Civil Veterinary Dept. Bombay admin report 1932-41 - 1932-1941
Year: 1932
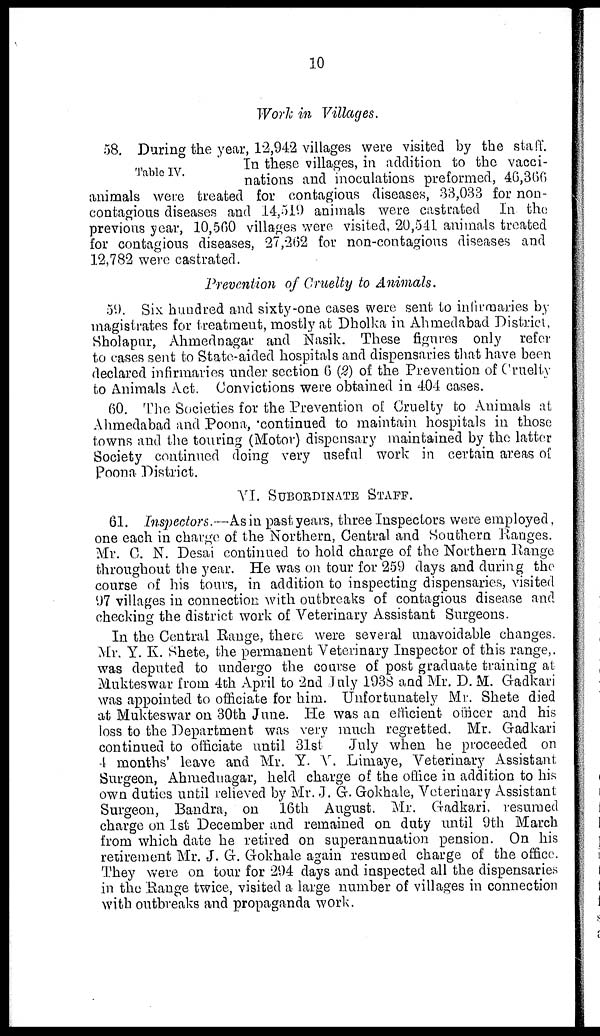
10
Work in Villages.
Table IV.
58. During the year, 12,942 villages were visited by the staff.
In these villages, in addition to the vacci-
nations and inoculations preformed, 46,366
animals were treated for contagious diseases, 33,033 for non-
contagious diseases and 14,519 animals were castrated In the
previous year, 10,560 villages were visited, 20,541 animals treated
for contagious diseases, 27,262 for non-contagious diseases and
12,782 were castrated.
Prevention of Cruelty to Animals.
59. Six hundred and sixty-one cases were sent to infirmaries by
magistrates for treatment, mostly at Dholka in Ahmedabad District,
Sholapur, Ahmednagar and Nasik. These figures only refer
to cases sent to State-aided hospitals and dispensaries that have been
declared infirmaries under section 6 (2) of the Prevention of Cruelty
to Animals Act. Convictions were obtained in 404 cases.
60. The Societies for the Prevention of Cruelty to Animals at
Ahmedabad and Poona, continued to maintain hospitals in those
towns and the touring (Motor) dispensary maintained by the latter
Society continued doing very useful work in certain areas of
Poona District.
VI. SUBORDINATE STAFF.
61. Inspectors.—As in past years, three Inspectors were employed,
one each in charge of the Northern, Central and Southern Ranges.
Mr. C. N. Desai continued to hold charge of the Northern Range
throughout the year. He was on tour for 259 days and during the
course of his tours, in addition to inspecting dispensaries, visited
97 villages in connection with outbreaks of contagious disease and
checking the district work of Veterinary Assistant Surgeons.
In the Central Range, there were several unavoidable changes.
Mr. Y. K. Shete, the permanent Veterinary Inspector of this range,
was deputed to undergo the course of post graduate training at
Mukteswar from 4th April to 2nd July 1938 and Mr. D. M. Gadkari
was appointed to officiate for him. Unfortunately Mr. Shete died
at Mukteswar on 30th June. He was an efficient officer and his
loss to the Department was very much regretted. Mr. Gadkari
continued to officiate until 31st
July when he proceeded on
4 months' leave and Mr. Y. V. Limaye, Veterinary Assistant
Surgeon, Ahmednagar, held charge of the office in addition to his
own duties until relieved by Mr. J. G. Gokhale, Veterinary Assistant
Surgeon, Bandra, on 16th August. Mr. Gadkari, resumed
charge on 1st December and remained on duty until 9th March
from which date he retired on superannuation pension. On his
retirement Mr. J. G. Gokhale again resumed charge of the office.
They were on tour for 294 days and inspected all the dispensaries
in the Range twice, visited a large number of villages in connection
with outbreaks and propaganda work.